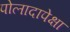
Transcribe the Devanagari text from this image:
पोलादापेक्षा